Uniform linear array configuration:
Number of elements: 64
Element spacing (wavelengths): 0.25
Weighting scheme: binomial
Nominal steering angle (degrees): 0
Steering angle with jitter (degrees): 0.9547
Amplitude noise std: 0.05
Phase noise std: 0.05

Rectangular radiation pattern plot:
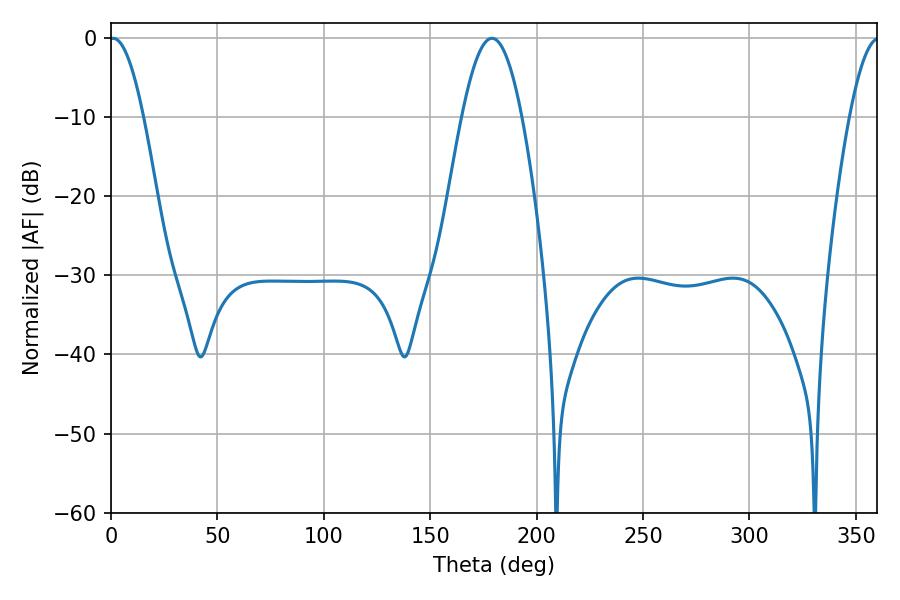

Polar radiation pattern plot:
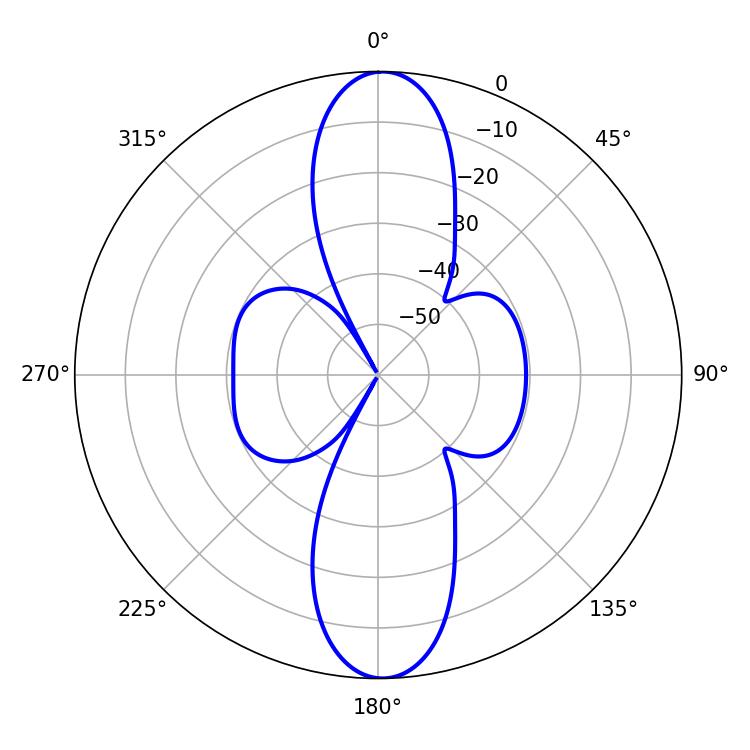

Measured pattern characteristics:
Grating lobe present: FALSE
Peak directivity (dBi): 22.591
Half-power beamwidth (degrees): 8.64
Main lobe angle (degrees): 0.9